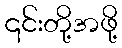
၎င်းတို့အဖို့